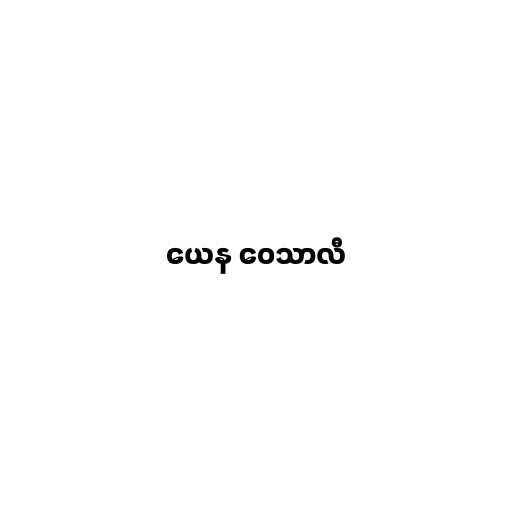
ယေန ဝေသာလီ